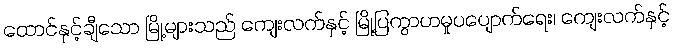
ထောင်နှင့်ချီသော မြို့များသည် ကျေးလက်နှင့် မြို့ပြကွာဟမှုပပျောက်ရေး၊ ကျေးလက်နှင့်